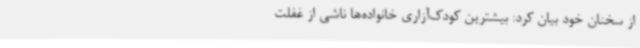
از سخنان خود بیان کرد: بیشترین کودک‌آزاری خانواده‌ها ناشی از غفلت